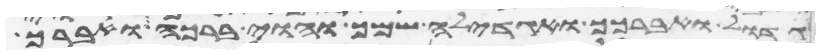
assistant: גדול ואברכך ואגדלה שמך והוי ברכה ואברך